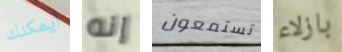
أيمكنك إنه تستمعون بازلاء